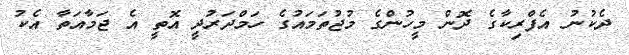
ދެކުނު އެފްރިކާގެ ދޮން މީހުންގެ މުޖުތަމައުގެ ހަމްދަރުދީ އޮތީ އެ ޖަމާއަތާ އެކު